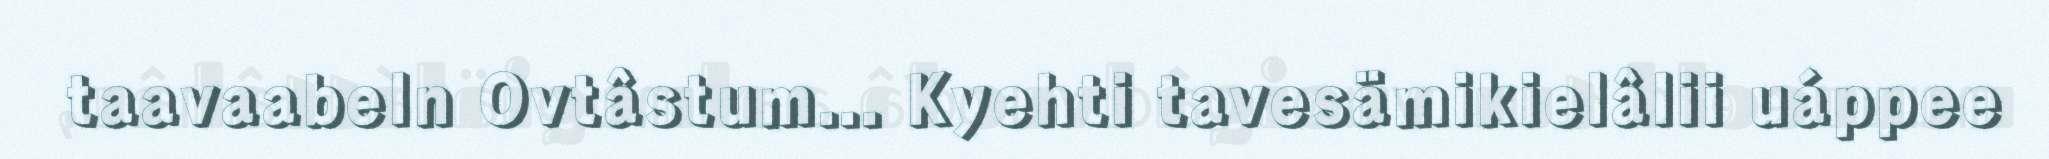
taavaabeln Ovtâstum... Kyehti tavesämikielâlii uáppee